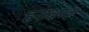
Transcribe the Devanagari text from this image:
हनाक्षरक